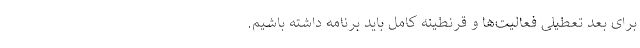
برای بعد تعطیلی فعالیت‌ها و قرنطینه کامل باید برنامه داشته باشیم.